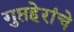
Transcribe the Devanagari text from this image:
गुप्तहेरांचे